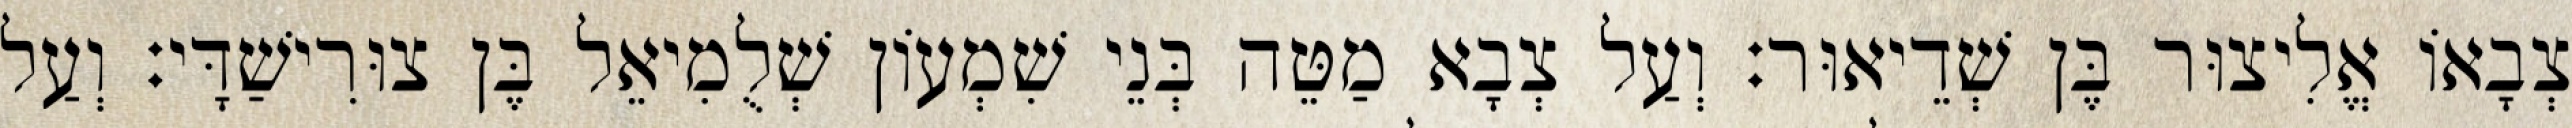
צְבָאוֹ אֱלִיצוּר בֶּן שְׁדֵיאוּר׃ וְעַל צְבָא מַטֵּה בְּנֵי שִׁמְעוֹן שְׁלֻמִיאֵל בֶּן צוּרִישַׁדָּי׃ וְעַל